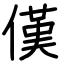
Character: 傼